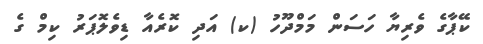
ކޭޕާގެ ވެރިޔާ ހަސަން މަމްދޫހު (ކ) އަދި ކޮރެއާ ޑިވެލޮޕަރު ކިމް ގެ